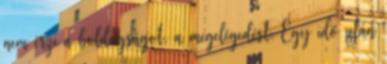
nem érzi a boldogságot, a megelégedést. Egy idő után